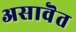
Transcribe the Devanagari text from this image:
असावॆत